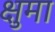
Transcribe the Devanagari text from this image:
क्षुमा